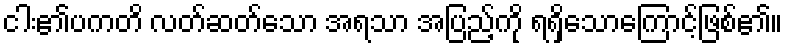
ငါး၏ပကတိ လတ်ဆတ်သော အရသာ အပြည့်ကို ရရှိသောကြောင့်ဖြစ်၏။